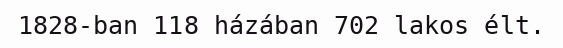
1828-ban 118 házában 702 lakos élt.